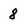
Character: 8